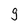
Character: 9